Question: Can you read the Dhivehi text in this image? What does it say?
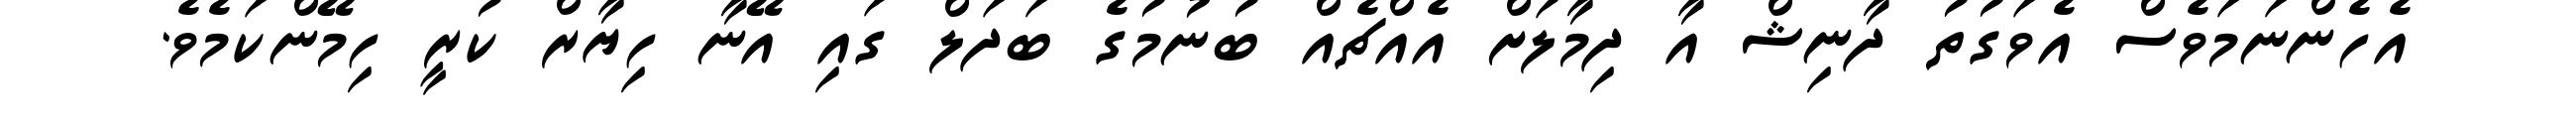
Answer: އެހެންނަމަވެސް އެވަގުތު ދާނިޝް އާ ދިމާލަށް އެއްޗެއް ބުނުމުގެ ބަދަލް ގައި އޭނާ ހިޔާރް ކުރީ ހިމޭންކަމެވެ.